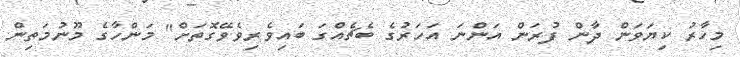
މިހާރު ކިޔަވަން ދާން ފުރަން އަންނަ އަހަރުގެ ބެޗެއްގަ ބައިވެރިވެވޭގޮތަށް" މަންހާގެ މޫނުމަތިން